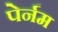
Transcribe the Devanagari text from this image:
पेर्नम